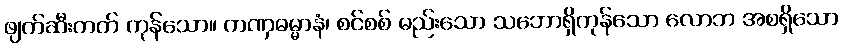
ဖျက်ဆီးတတ် ကုန်သော။ ကဏှဓမ္မာနံ၊ စင်စစ် မည်းသော သဘောရှိကုန်သော လောဘ အစရှိသော